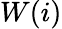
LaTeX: W(i)